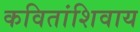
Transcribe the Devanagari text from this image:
कवितांशिवाय